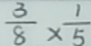
\frac { 3 } { 8 } \times \frac { 1 } { 5 }